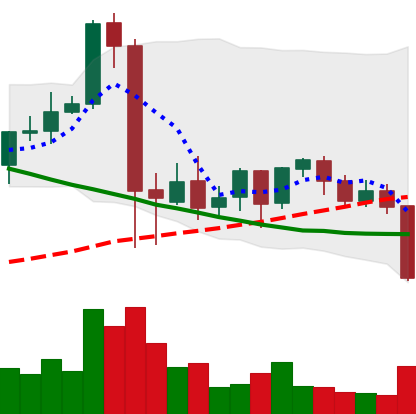
Ticker: NEO-USD
Chart end date: 2021-09-20
Forward return: -5.481%
Label: down_5_7